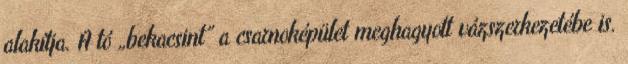
alakítja. A tó „bekacsint” a csarnoképület meghagyott vázszerkezetébe is.